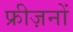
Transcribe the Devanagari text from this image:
फ्रीज़नों